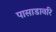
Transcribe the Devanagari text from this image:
पासाडावरि